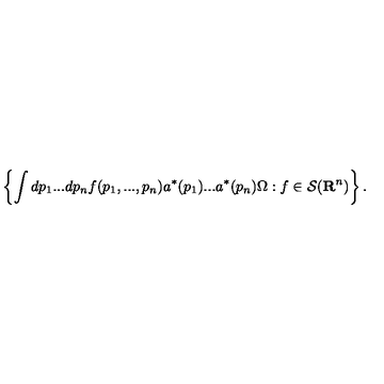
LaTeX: \left\{ \int d p _ { 1 } . . . d p _ { n } f ( p _ { 1 } , . . . , p _ { n } ) a ^ { * } ( p _ { 1 } ) . . . a ^ { * } ( p _ { n } ) \Omega : f \in { \cal S } ( { \bf R } ^ { n } ) \right\} .